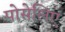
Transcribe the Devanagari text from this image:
पोसेलिए